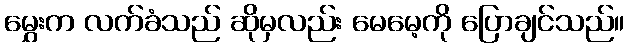
မွှေးက လက်ခံသည် ဆိုမှလည်း မေမေ့ကို ပြောချင်သည်။